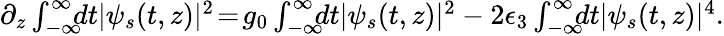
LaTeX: \begin{array}{rlr}&{}&{\! \! \! \! \! \! \! \! \! \! \! \! \partial_{z}\int_{-\infty}^{\infty}\! \! \! dt|\psi_{s}(t,z)|^{2}\! =\! g_{0}\int_{-\infty}^{\infty}\! \! \! dt|\psi_{s}(t,z)|^{2}-2\epsilon_{3}\int_{-\infty}^{\infty}\! \! \! dt|\psi_{s}(t,z)|^{4}.}\end{array}